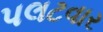
પલટવાર